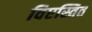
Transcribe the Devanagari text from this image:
विएस्तित